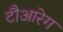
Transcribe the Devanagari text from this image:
टौआरेग